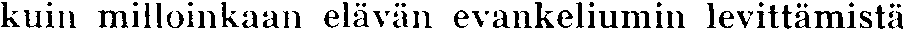
kuin milloinkaan elävän evankeliumin levittämistä